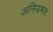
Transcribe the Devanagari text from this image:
अनियमत